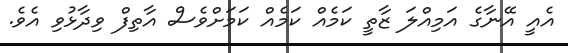
އެއީ އޭނާގެ އަމިއްލަ ޒާތީ ކަމެއް ކަމެއް ކަމަށްވެސް އާތިފް ވިދާޅުވި އެވެ.